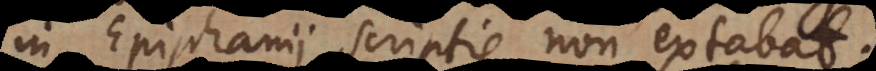
in Epiphanii scriptis non extabat.